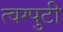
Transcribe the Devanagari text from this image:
त्वग्पुटी